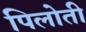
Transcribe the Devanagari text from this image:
पिलोती